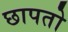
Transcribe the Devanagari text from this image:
छापतो